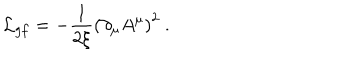
LaTeX: { \cal L } _ { g f } = - \frac { 1 } { 2 \xi } \left( \partial _ { \mu } A ^ { \mu } \right) ^ { 2 } \ .